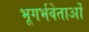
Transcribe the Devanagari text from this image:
भूगर्भवेताओं